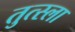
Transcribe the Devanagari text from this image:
तुत्स्ला